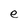
Character: e